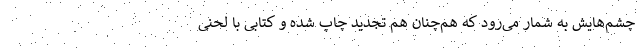
چشم‌هایش به شمار می‌رود که هم‌چنان هم تجدید چاپ شده و کتابی با لحنی